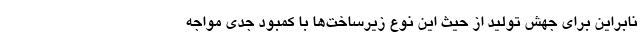
نابراین برای جهش تولید از حیث این نوع زیرساخت‌ها با کمبود جدی مواجه